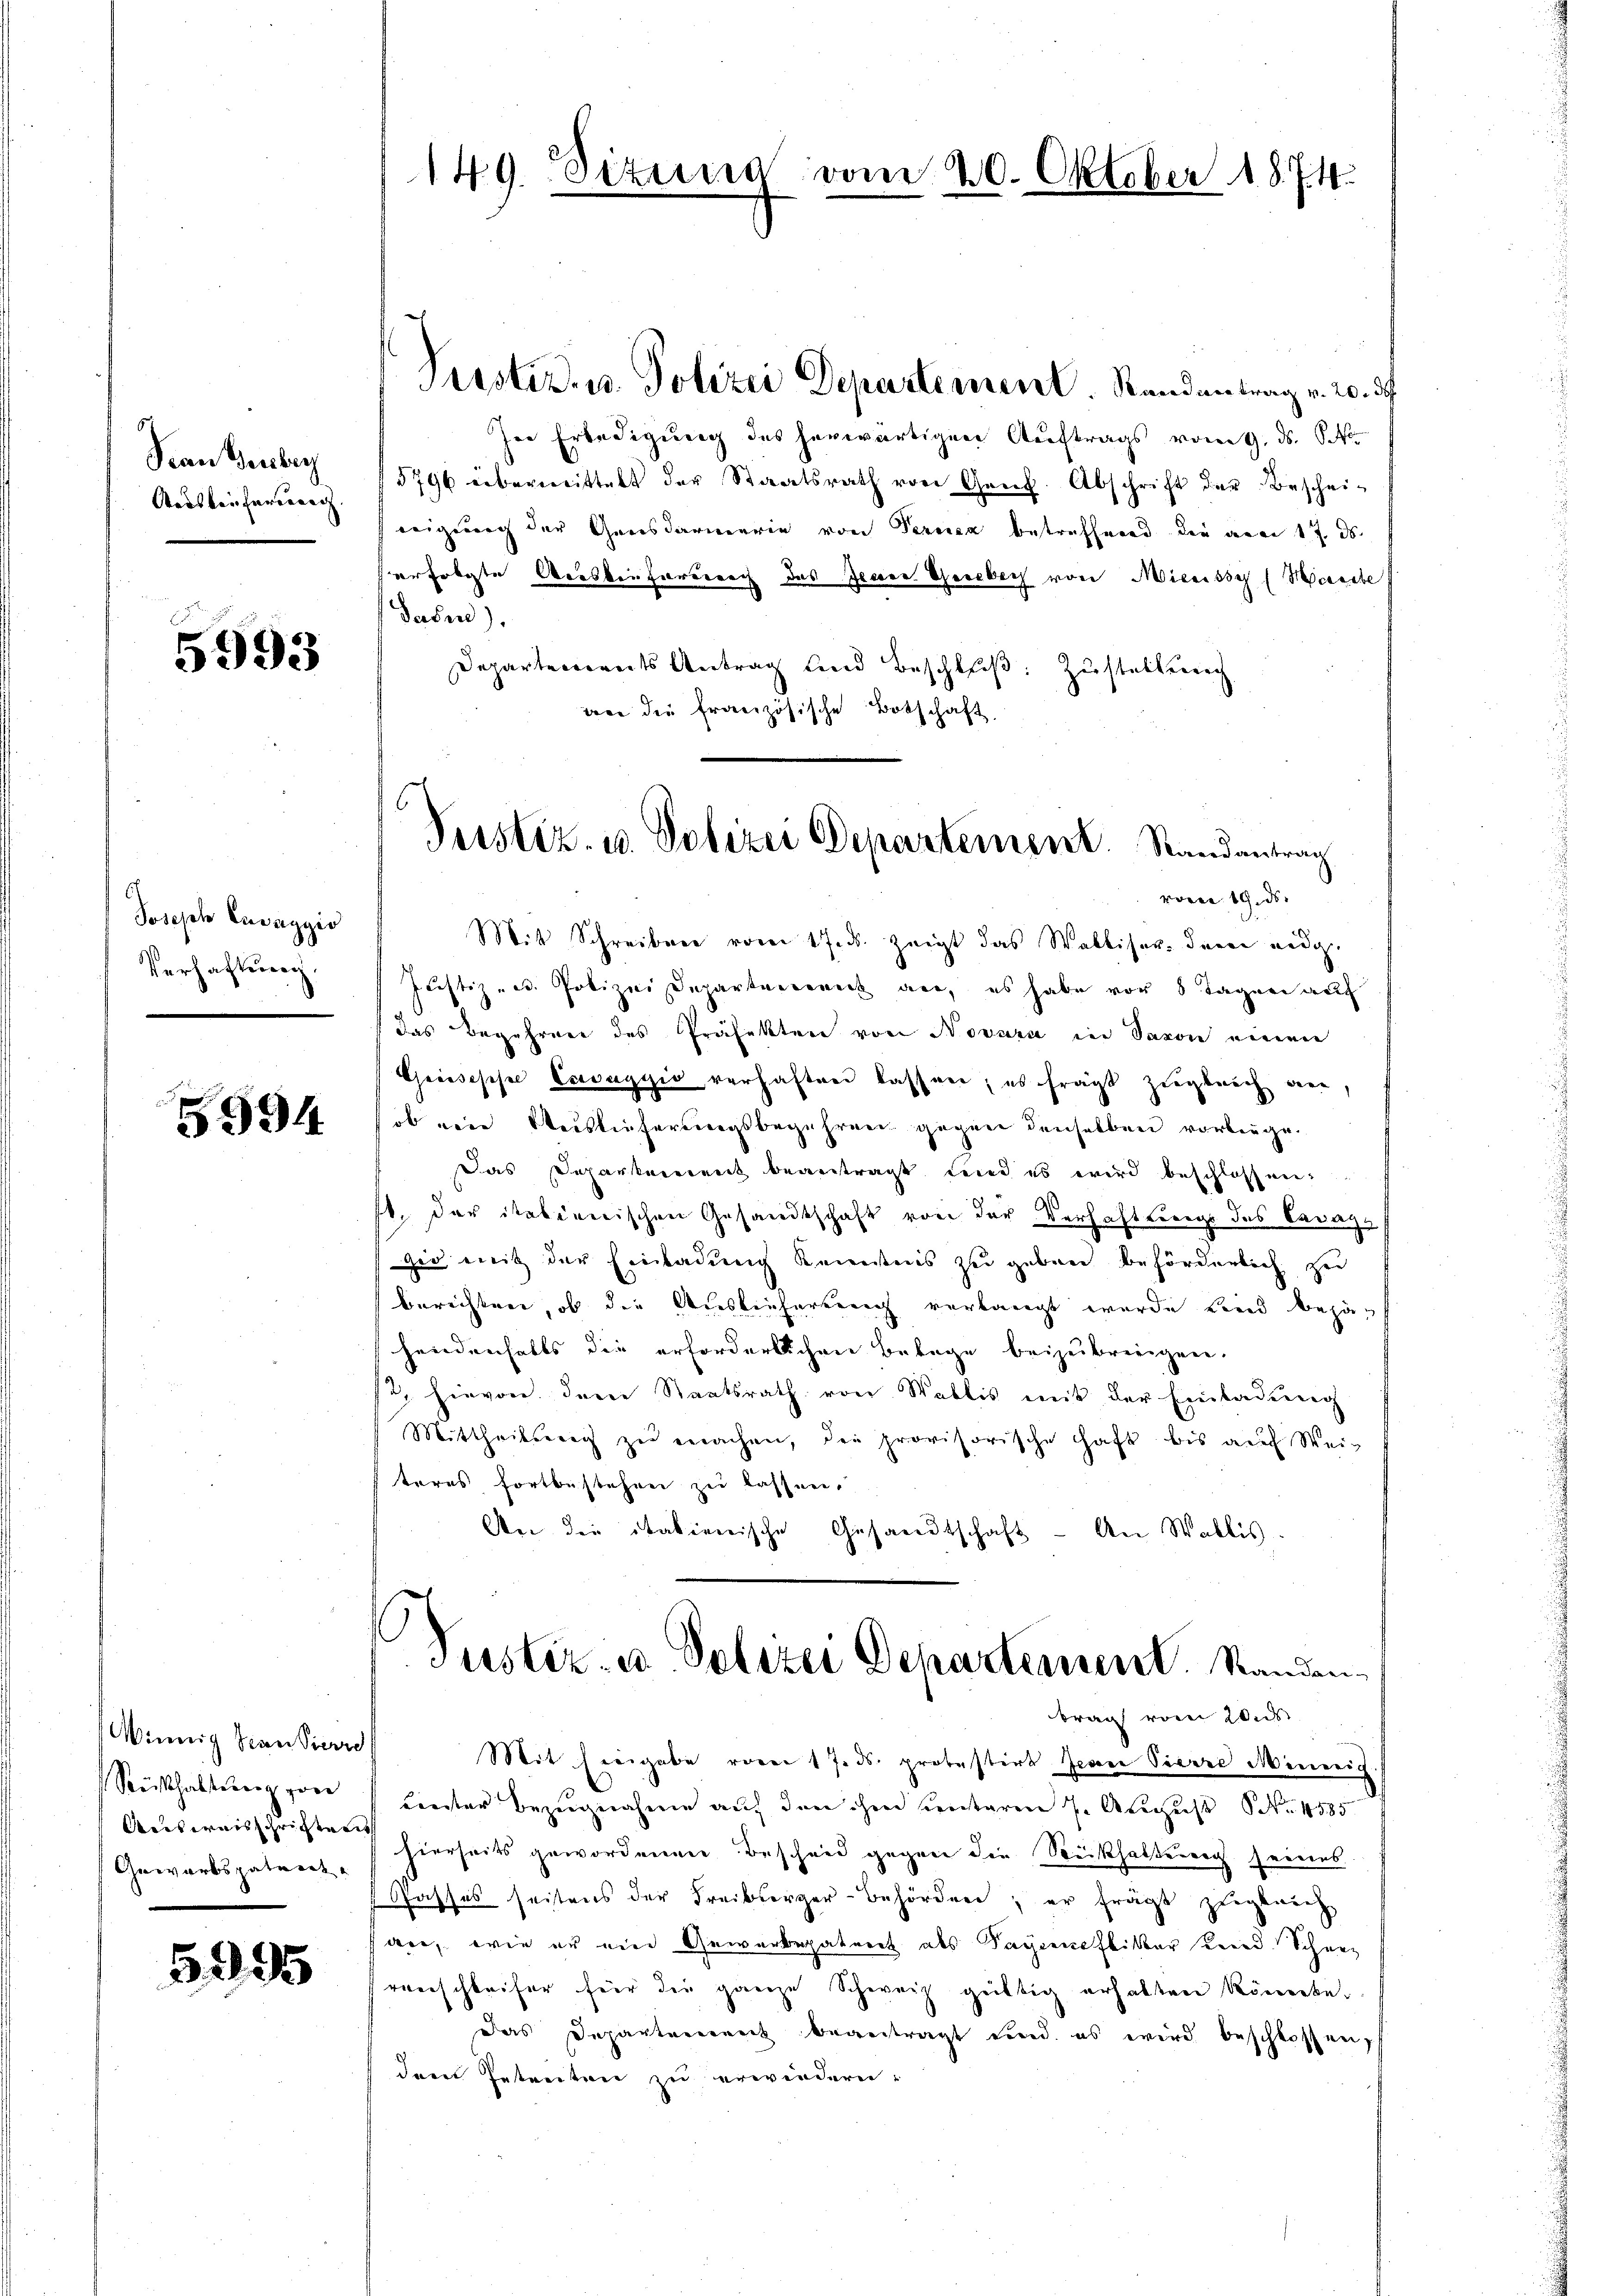
Sean Geber
Aauskeifernung

5993

Joseph Cuvaggio
Verhaftung.

5994

Winnig Frau Pierre
Seithalstung vor
Aeisweisschrichten
Gewärtspaterit

5995

Prustiz- u. Polizei Departement. Randantrag v. 20. d.
In Erledigung des herwärtigen Auftrags vom 9. ds. So
5796 übermittelt der Staatsrath von Genf. Abschrift der Beschei-
eeignung der Gensdarmerie von Percica betreffend die am 17. ds.
erfolgte Beeskenformung das Jenen Theilich von Mienisse (Marie
Jasn).
Departements Antrag und Beschluß: Zustellung
wer die französische Botschaft.

149. Sizung vom 20. Oktober 1874.

Mit Schreiben vom 17. ds. zeigt das Walliser dem eidg.
Justiz- u. Polizei Departerrich an, es habe vor 8 Tagen auf
das Begehren des Präfekten von Novara in davon einen
Greisesohne Esevagyio verhaften lassen; es fragt zugleich an,
ob eine Reislieferungsbegehren gegen denselben vorbeuge.
Das Departement beantragt und es wird beschlossen:
ft. Das italienischen Gesandtschaft von der Verhaftswegs des Cavaga
zu mit der Einladung kennstens zu geben behörderlich zu
berichten, ob die Auslieferung verlangt wurde und behahendenfalls die erforderlichen Betage beizubringen.
s. hievon dem Staatsrath von Wallis mit der Einladung
Mittheilsweg zu machen, die provisorische Haft bis auch Weiteres fortbestehen zu lassen.
Aer die italienische Gesandtschaft - An Wallis
s
Justiz- u. Polizei Departement. Standen,
brag vom 20st
Mit hiergabe vom 17. ds. protestirt Jedene Pierre Mieneig
Lanter Bezugnahme auf den ihm Centaren 7. August S. 1885
hierseits gewordenen Bescheid gegen die Rückhaltung seines
Gasses seitens der Freibsorger-Behörden, er frägt zugleich
der, wie er ein Gewerbepatnert als Saycenhlitter Kind. Schnerenschleifer für die ganze Schweiz gültig erhalten Römerbe¬
Das Departement beantragt und es wird beschlossen,
dem Getreiten zu erwindern:

G
Pustiz- u. Polizer Departement. Randantrag
voren 19. ds.